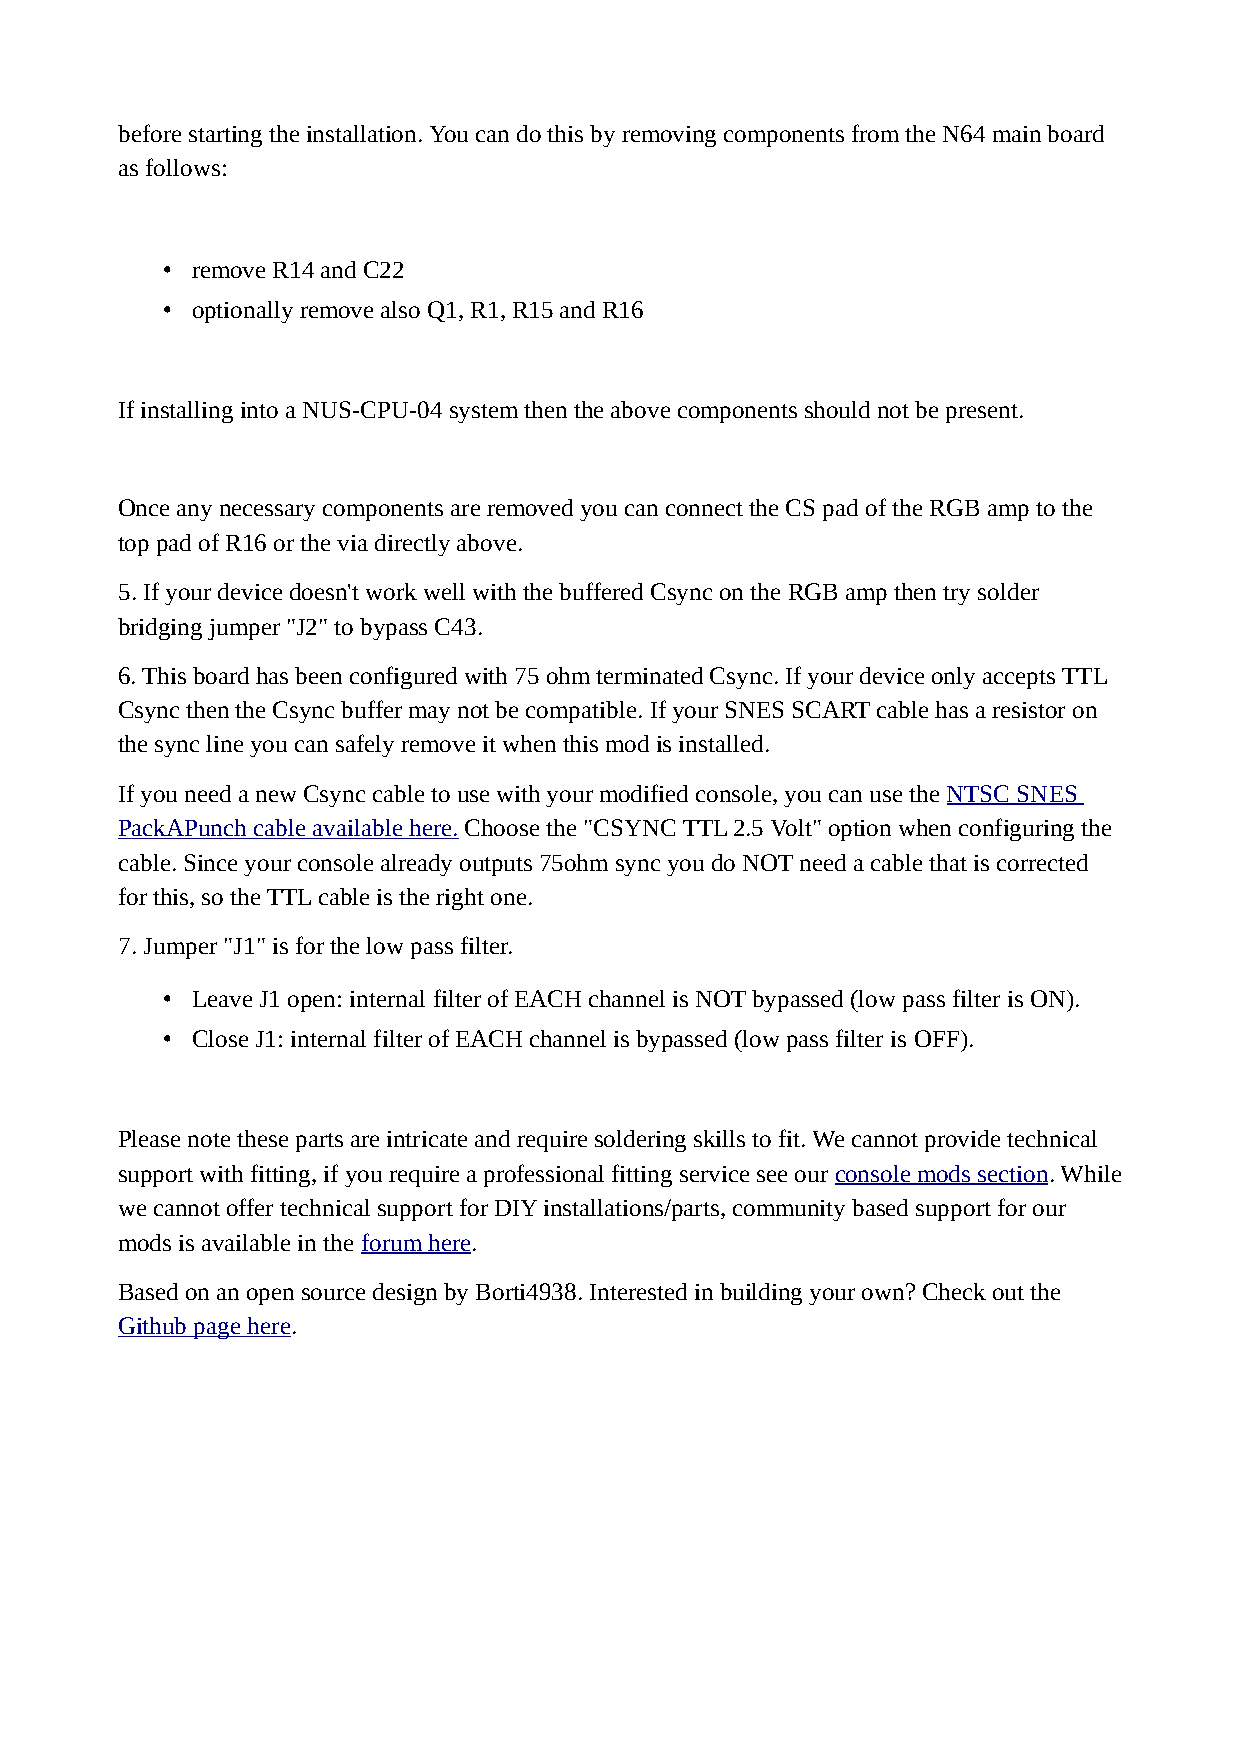
before starting the installation. You can do this by removing components from the N64 main board
 as follows:
 • remove R14 and C22
 • optionally remove also Q1, R1, R15 and R16
 If installing into a NUS-CPU-04 system then the above components should not be present.
 Once any necessary components are removed you can connect the CS pad of the RGB amp to the
 top pad of R16 or the via directly above.
 5. If your device doesn't work well with the buffered Csync on the RGB amp then try solder
 bridging jumper "J2" to bypass C43.
 6. This board has been configured with 75 ohm terminated Csync. If your device only accepts TTL
 Csync then the Csync buffer may not be compatible. If your SNES SCART cable has a resistor on
 the sync line you can safely remove it when this mod is installed.
 If you need a new Csync cable to use with your modified console, you can use the NTSC SNES
 PackAPunch cable available here. Choose the "CSYNC TTL 2.5 Volt" option when configuring the
 cable. Since your console already outputs 75ohm sync you do NOT need a cable that is corrected
 for this, so the TTL cable is the right one.
 7. Jumper "J1" is for the low pass filter.
 • Leave J1 open: internal filter of EACH channel is NOT bypassed (low pass filter is ON).
 • Close J1: internal filter of EACH channel is bypassed (low pass filter is OFF).
 Please note these parts are intricate and require soldering skills to fit. We cannot provide technical
 support with fitting, if you require a professional fitting service see our console mods section. While
 we cannot offer technical support for DIY installations/parts, community based support for our
 mods is available in the forum here.
 Based on an open source design by Borti4938. Interested in building your own? Check out the
 Github page here.